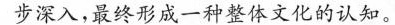
步深入，最终形成一种整体文化的认知。